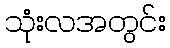
သုံးလအတွင်း